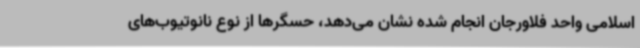
اسلامی واحد فلاورجان انجام شده نشان می‌دهد، حسگرها از نوع نانوتیوب‌های